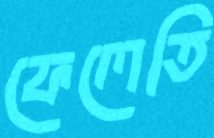
ফেলেতি